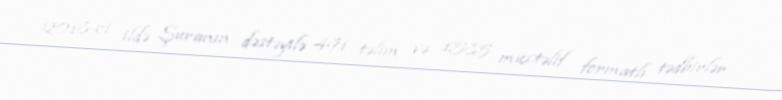
2018-ci ildə Şuranın dəstəyilə 491 təlim və 1585 müxtəlif formatlı tədbirlər